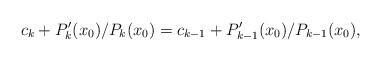
LaTeX: \begin{align*}c_k + P'_{k}(x_0)/P_k(x_0)=c_{k-1} + P'_{k-1}(x_0)/P_{k-1}(x_0),\end{align*}